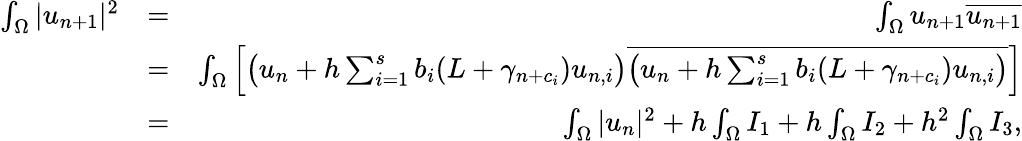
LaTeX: \begin{array}{rlr}{\int_{\Omega}|u_{n+1}|^{2}}&{=}&{\int_{\Omega}u_{n+1}\overline{{u_{n+1}}}}\\ &{=}&{\int_{\Omega}\left[\left(u_{n}+h\sum_{i=1}^{s}b_{i}(L+\gamma_{n+c_{i}})u_{n,i}\right)\overline{{\left(u_{n}+h\sum_{i=1}^{s}b_{i}(L+\gamma_{n+c_{i}})u_{n,i}\right)}}\right]}\\ &{=}&{\int_{\Omega}|u_{n}|^{2}+h\int_{\Omega}I_{1}+h\int_{\Omega}I_{2}+h^{2}\int_{\Omega}I_{3},}\end{array}